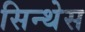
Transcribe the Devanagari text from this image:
सिन्थेस